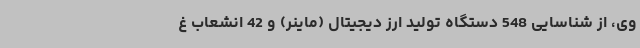
وی، از شناسایی 548 دستگاه تولید ارز دیجیتال (ماینر) و 42 انشعاب غ